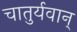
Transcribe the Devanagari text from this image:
चातुर्यवान्